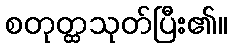
စတုတ္ထသုတ်ပြီး၏။